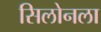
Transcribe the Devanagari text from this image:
सिलोनला